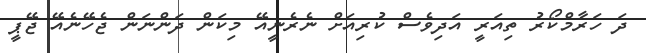
ދަ ހަރާމްކޯރު ތިއަރީ އަދިވެސް ކުރިއަށް ނެރެނީއޭ މިކަން ދަންނަން ޖެހޭނެއޭ ޖޭޕީ